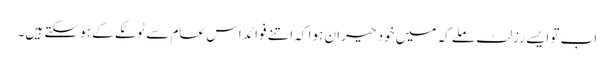
اب تو ایسے رزلٹ ملے کہ میں خود حیران ہوا کہ اتنے فوائد اس عام سے ٹوٹکے کے ہو سکتے ہیں۔